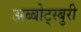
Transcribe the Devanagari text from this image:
अब्बोट्स्बुरी